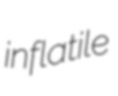
inflatile